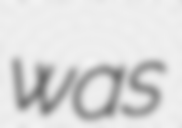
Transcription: was